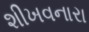
શીખવનારા